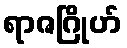
ရာဇဂြိုဟ်